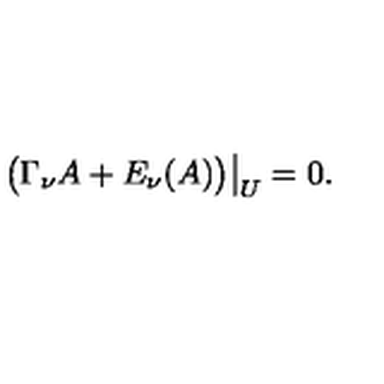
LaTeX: \bigl ( \Gamma _ { \nu } A + E _ { \nu } ( A ) \bigr ) \big | _ { U } = 0 .